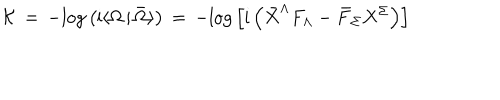
{ \cal K } \, = \, - \mathrm { l o g } \left( \mathrm { i } \langle \Omega \, \vert \, \bar { \Omega } \rangle \right) \, = \, - \mathrm { l o g } \left[ \mathrm { i } \left( { \bar { X } } ^ { \Lambda } F _ { \Lambda } - { \bar { F } } _ { \Sigma } X ^ { \Sigma } \right) \right]